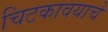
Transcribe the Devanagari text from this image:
चिटकावयाचे